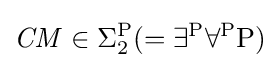
{\mathit {CM}}\in \Sigma _{2}^{\mathrm {P} }(=\exists ^{\mathrm {P} }\forall ^{\mathrm {P} }\mathrm {P} )